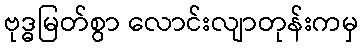
ဗုဒ္ဓမြတ်စွာ လောင်းလျာတုန်းကမှ